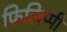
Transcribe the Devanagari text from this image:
फिलिप्पी